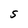
Character: S